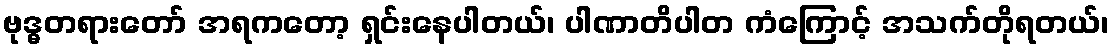
ဗုဒ္ဓတရားတော် အရကတော့ ရှင်းနေပါတယ်၊ ပါဏာတိပါတ ကံကြောင့် အသက်တိုရတယ်၊